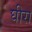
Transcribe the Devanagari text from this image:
घीरा